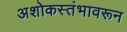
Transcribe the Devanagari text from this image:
अशोकस्तंभावरून